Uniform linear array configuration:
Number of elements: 12
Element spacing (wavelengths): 0.75
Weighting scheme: uniform
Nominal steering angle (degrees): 15
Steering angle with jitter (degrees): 13.252
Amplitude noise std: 0.05
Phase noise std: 0.05

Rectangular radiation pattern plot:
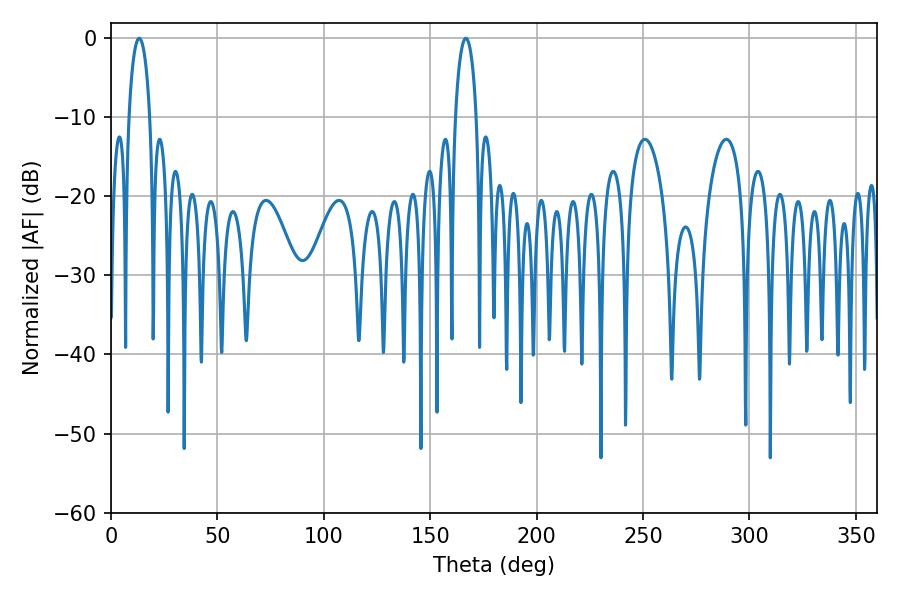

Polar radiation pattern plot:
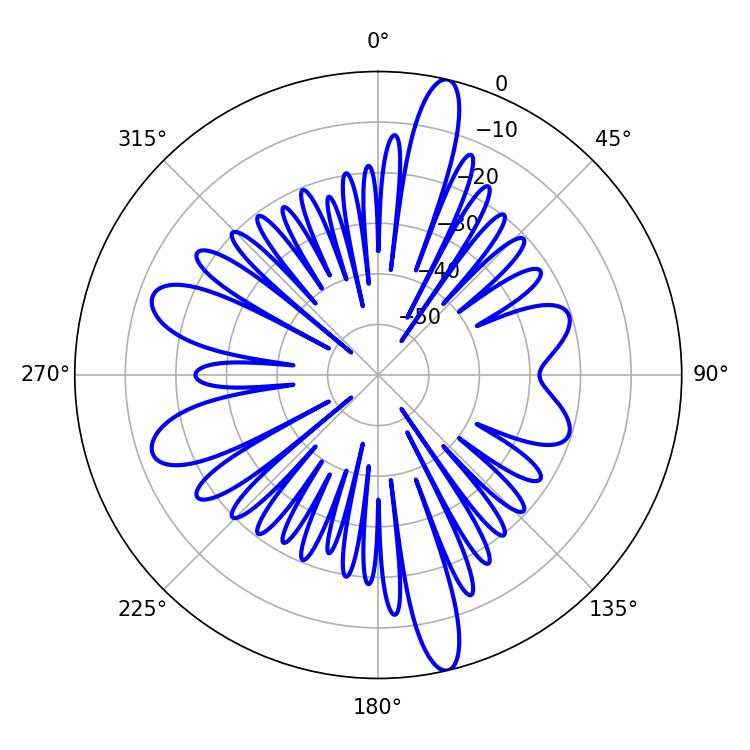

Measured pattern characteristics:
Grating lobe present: TRUE
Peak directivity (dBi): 17.682
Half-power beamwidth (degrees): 5.58
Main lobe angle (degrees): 166.68